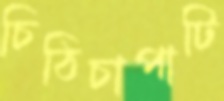
চিঠিচাপাটি